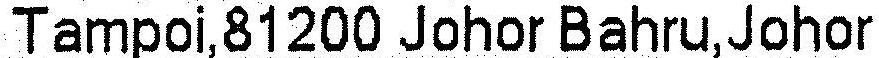
TAMPOI,81200 JOHOR BAHRU,JOHOR